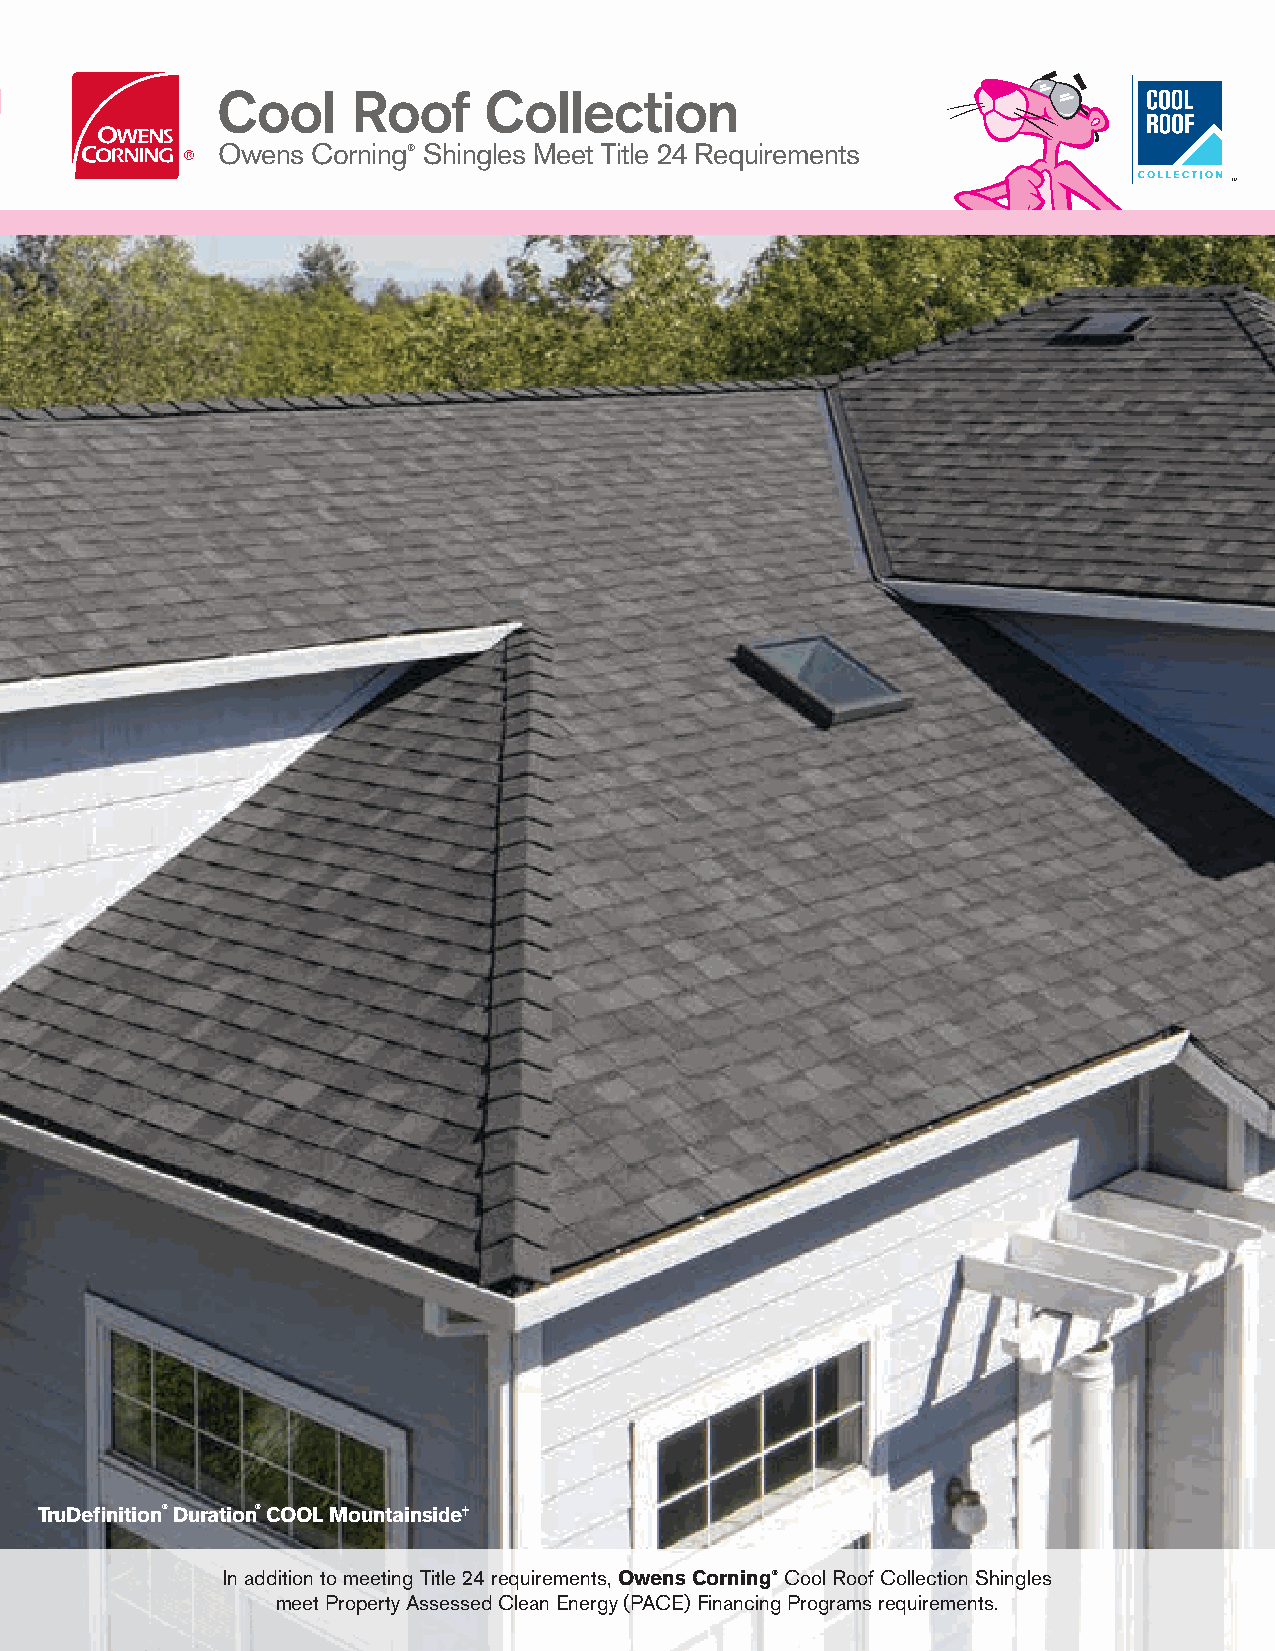
FEATURES THE
 Cool     Roof     Collection
 Owens  Corning® Shingles Meet Title 24 Requirements
 TruDefinition® Duration® COOL Mountainside†
 In addition to meeting Title 24 requirements, Owens Corning® Cool Roof Collection Shingles
 meet Property Assessed Clean Energy (PACE) Financing Programs requirements.